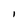
Character: I